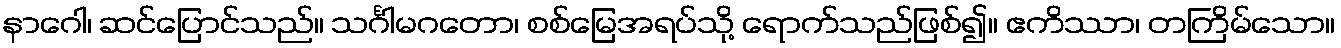
နာဂေါ၊ ဆင်ပြောင်သည်။ သင်္ဂါမဂတော၊ စစ်မြေအရပ်သို့ ရောက်သည်ဖြစ်၍။ ဧကိဿာ၊ တကြိမ်သော။